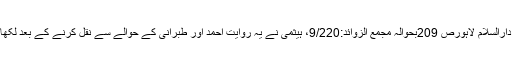
(سیرت نبوی از دکتور مہدی رزق اللہ، دارالسلام لاہورص 209بحوالہ مجمع الزوائد:9/220، ہیثمی نے یہ روایت احمد اور طبرانی کے حوالے سے نقل کرنے کے بعد لکھا:”احمد کے راوی صحیح کے راوی ہیں۔